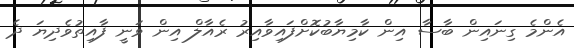
އެންމެ ގިނައިން ބާސާ އިން ކާމިޔާބުކޮށްފައިވާއިރު ރެއާލް އިން ވަނީ ފާއިތުވެދިޔަ ދެ